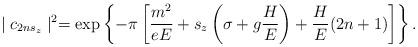
LaTeX: \begin{align*}\mid c_{2ns_z}\mid ^2=\exp \left\{ -\pi \left[ \frac{m^2}{eE}+s_z\left(\sigma +g\frac HE\right) +\frac HE(2n+1)\right] \right\}. \end{align*}